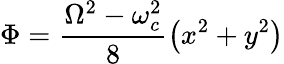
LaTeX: \Phi=\frac{\Omega^{2}-\omega_{c}^{2}}{8}\left(x^{2}+y^{2}\right)